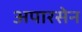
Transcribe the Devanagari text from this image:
अपारसेन